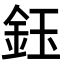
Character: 鈺